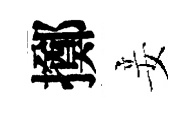
擲妾